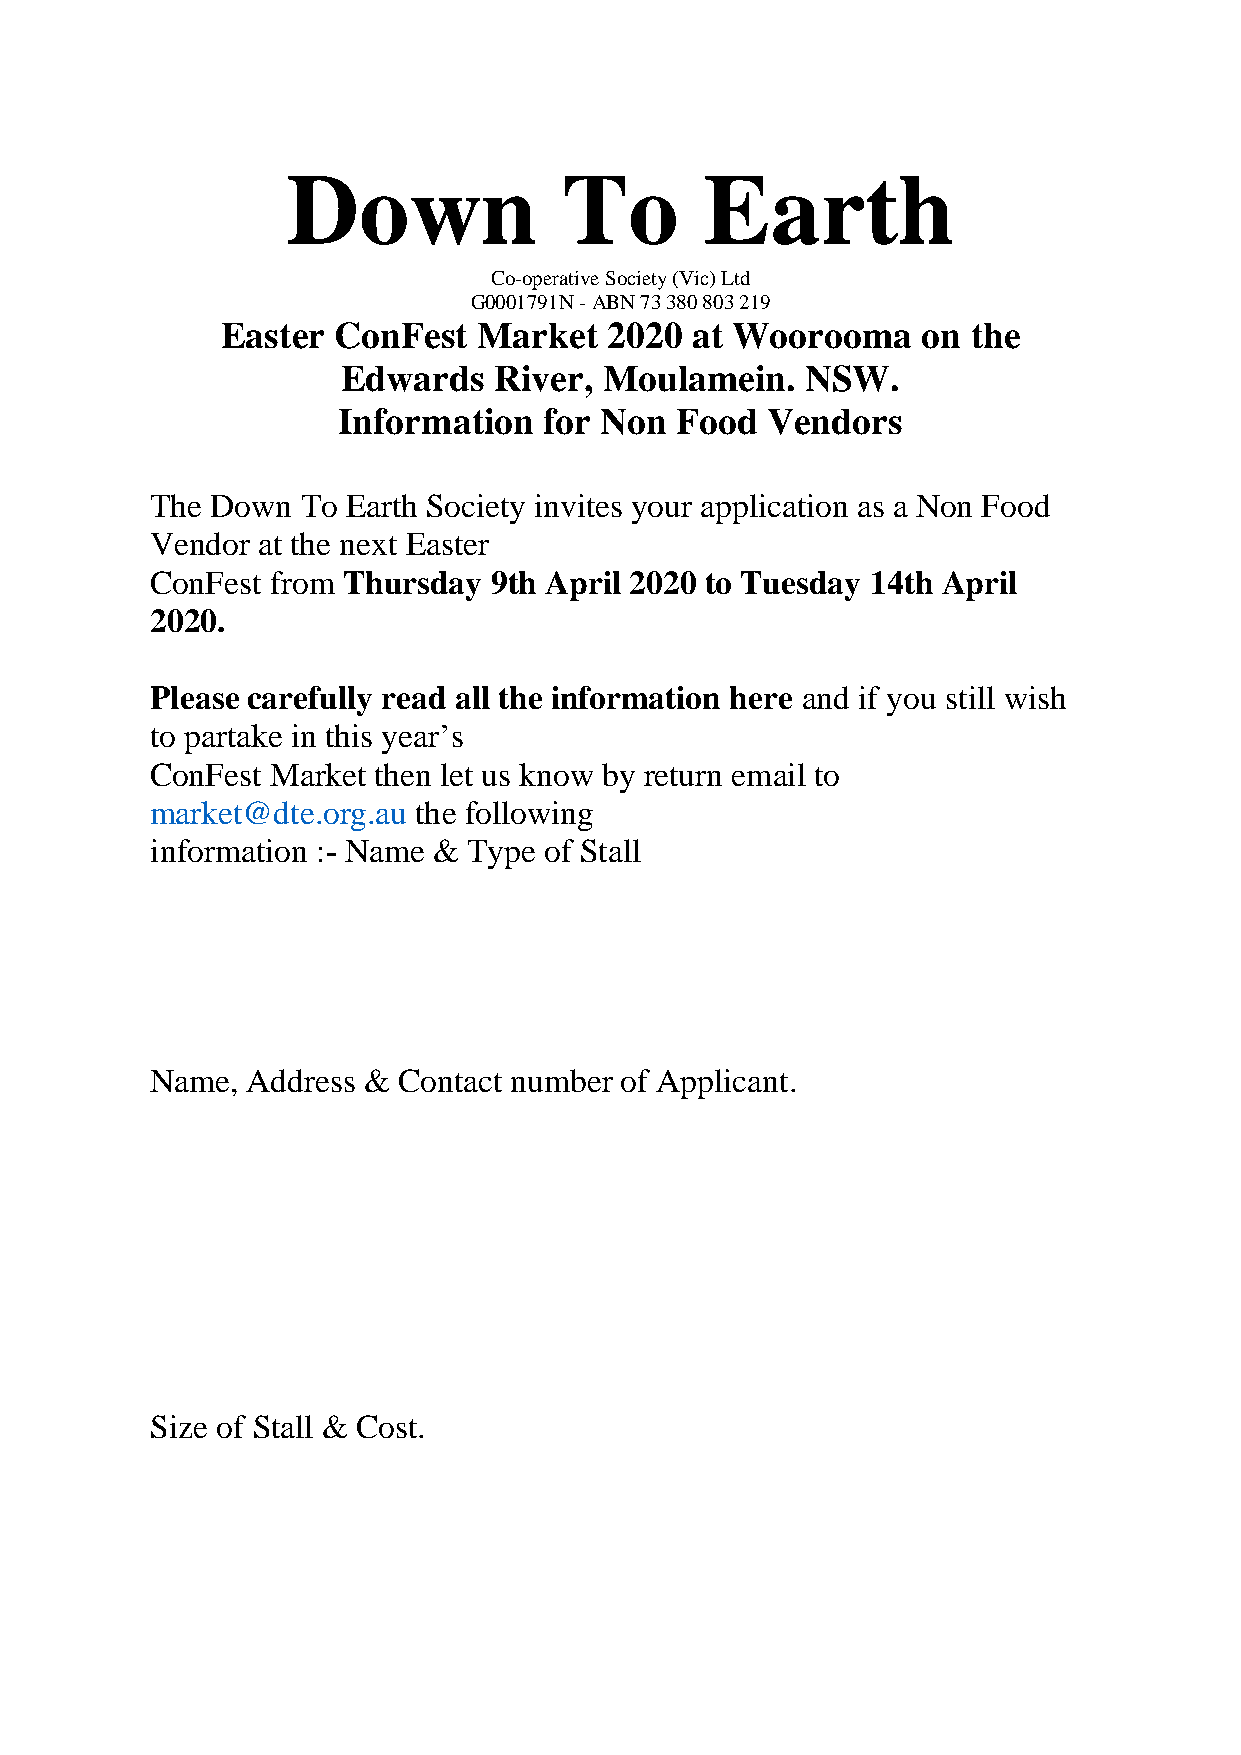
Down              To        Earth
 Co-operative Society (Vic) Ltd
 G0001791N - ABN 73 380 803 219
 Easter ConFest   Market  2020  at Woorooma    on the
 Edwards   River, Moulamein.   NSW.
 Information   for Non  Food  Vendors
 The Down  To Earth Society invites your application as a Non Food
 Vendor at the next Easter
 ConFest from Thursday 9th April 2020 to Tuesday 14th April
 2020.
 Please carefully read all the information here and if you still wish
 to partake in this year’s
 ConFest Market then let us know by return email to
 market@dte.org.au the following
 information :- Name & Type of Stall
 Name, Address & Contact number of Applicant.
 Size of Stall & Cost.